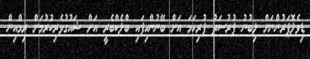
ޑިވެލޮޕަރުންނަށް ލިބުނު ފުރުސަތު ފުރިހަމަ އަށް ބޭނުންހިފައި ބްލެކްބެރީ އަށް ޝައުގުވެރިކުރުމަށް ރިމްއިން